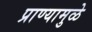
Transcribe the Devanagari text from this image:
प्राण्यामुळे